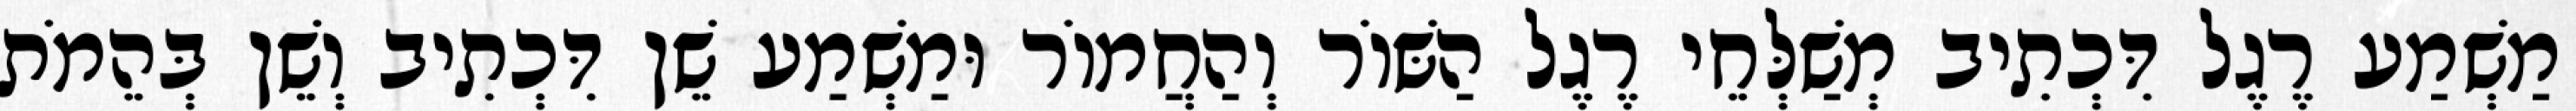
מַשְׁמַע רֶגֶל דִּכְתִיב מְשַׁלְּחֵי רֶגֶל הַשּׁוֹר וְהַחֲמוֹר וּמַשְׁמַע שֵׁן דִּכְתִיב וְשֵׁן בְּהֵמֹת